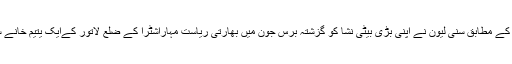
میڈیا رپورٹس کے مطابق سنی لیون نے اپنی بڑی بیٹی نشا کو گزشتہ برس جون میں بھارتی ریاست مہاراشٹرا کے ضلع لاتور کےایک یتیم خانے سے گود لیاتھا۔